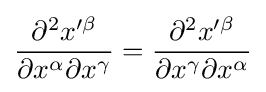
{\frac {\partial ^{2}x^{\prime \beta }}{\partial x^{\alpha }\partial x^{\gamma }}}={\frac {\partial ^{2}x^{\prime \beta }}{\partial x^{\gamma }\partial x^{\alpha }}}